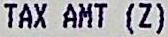
TAX AMT (Z)